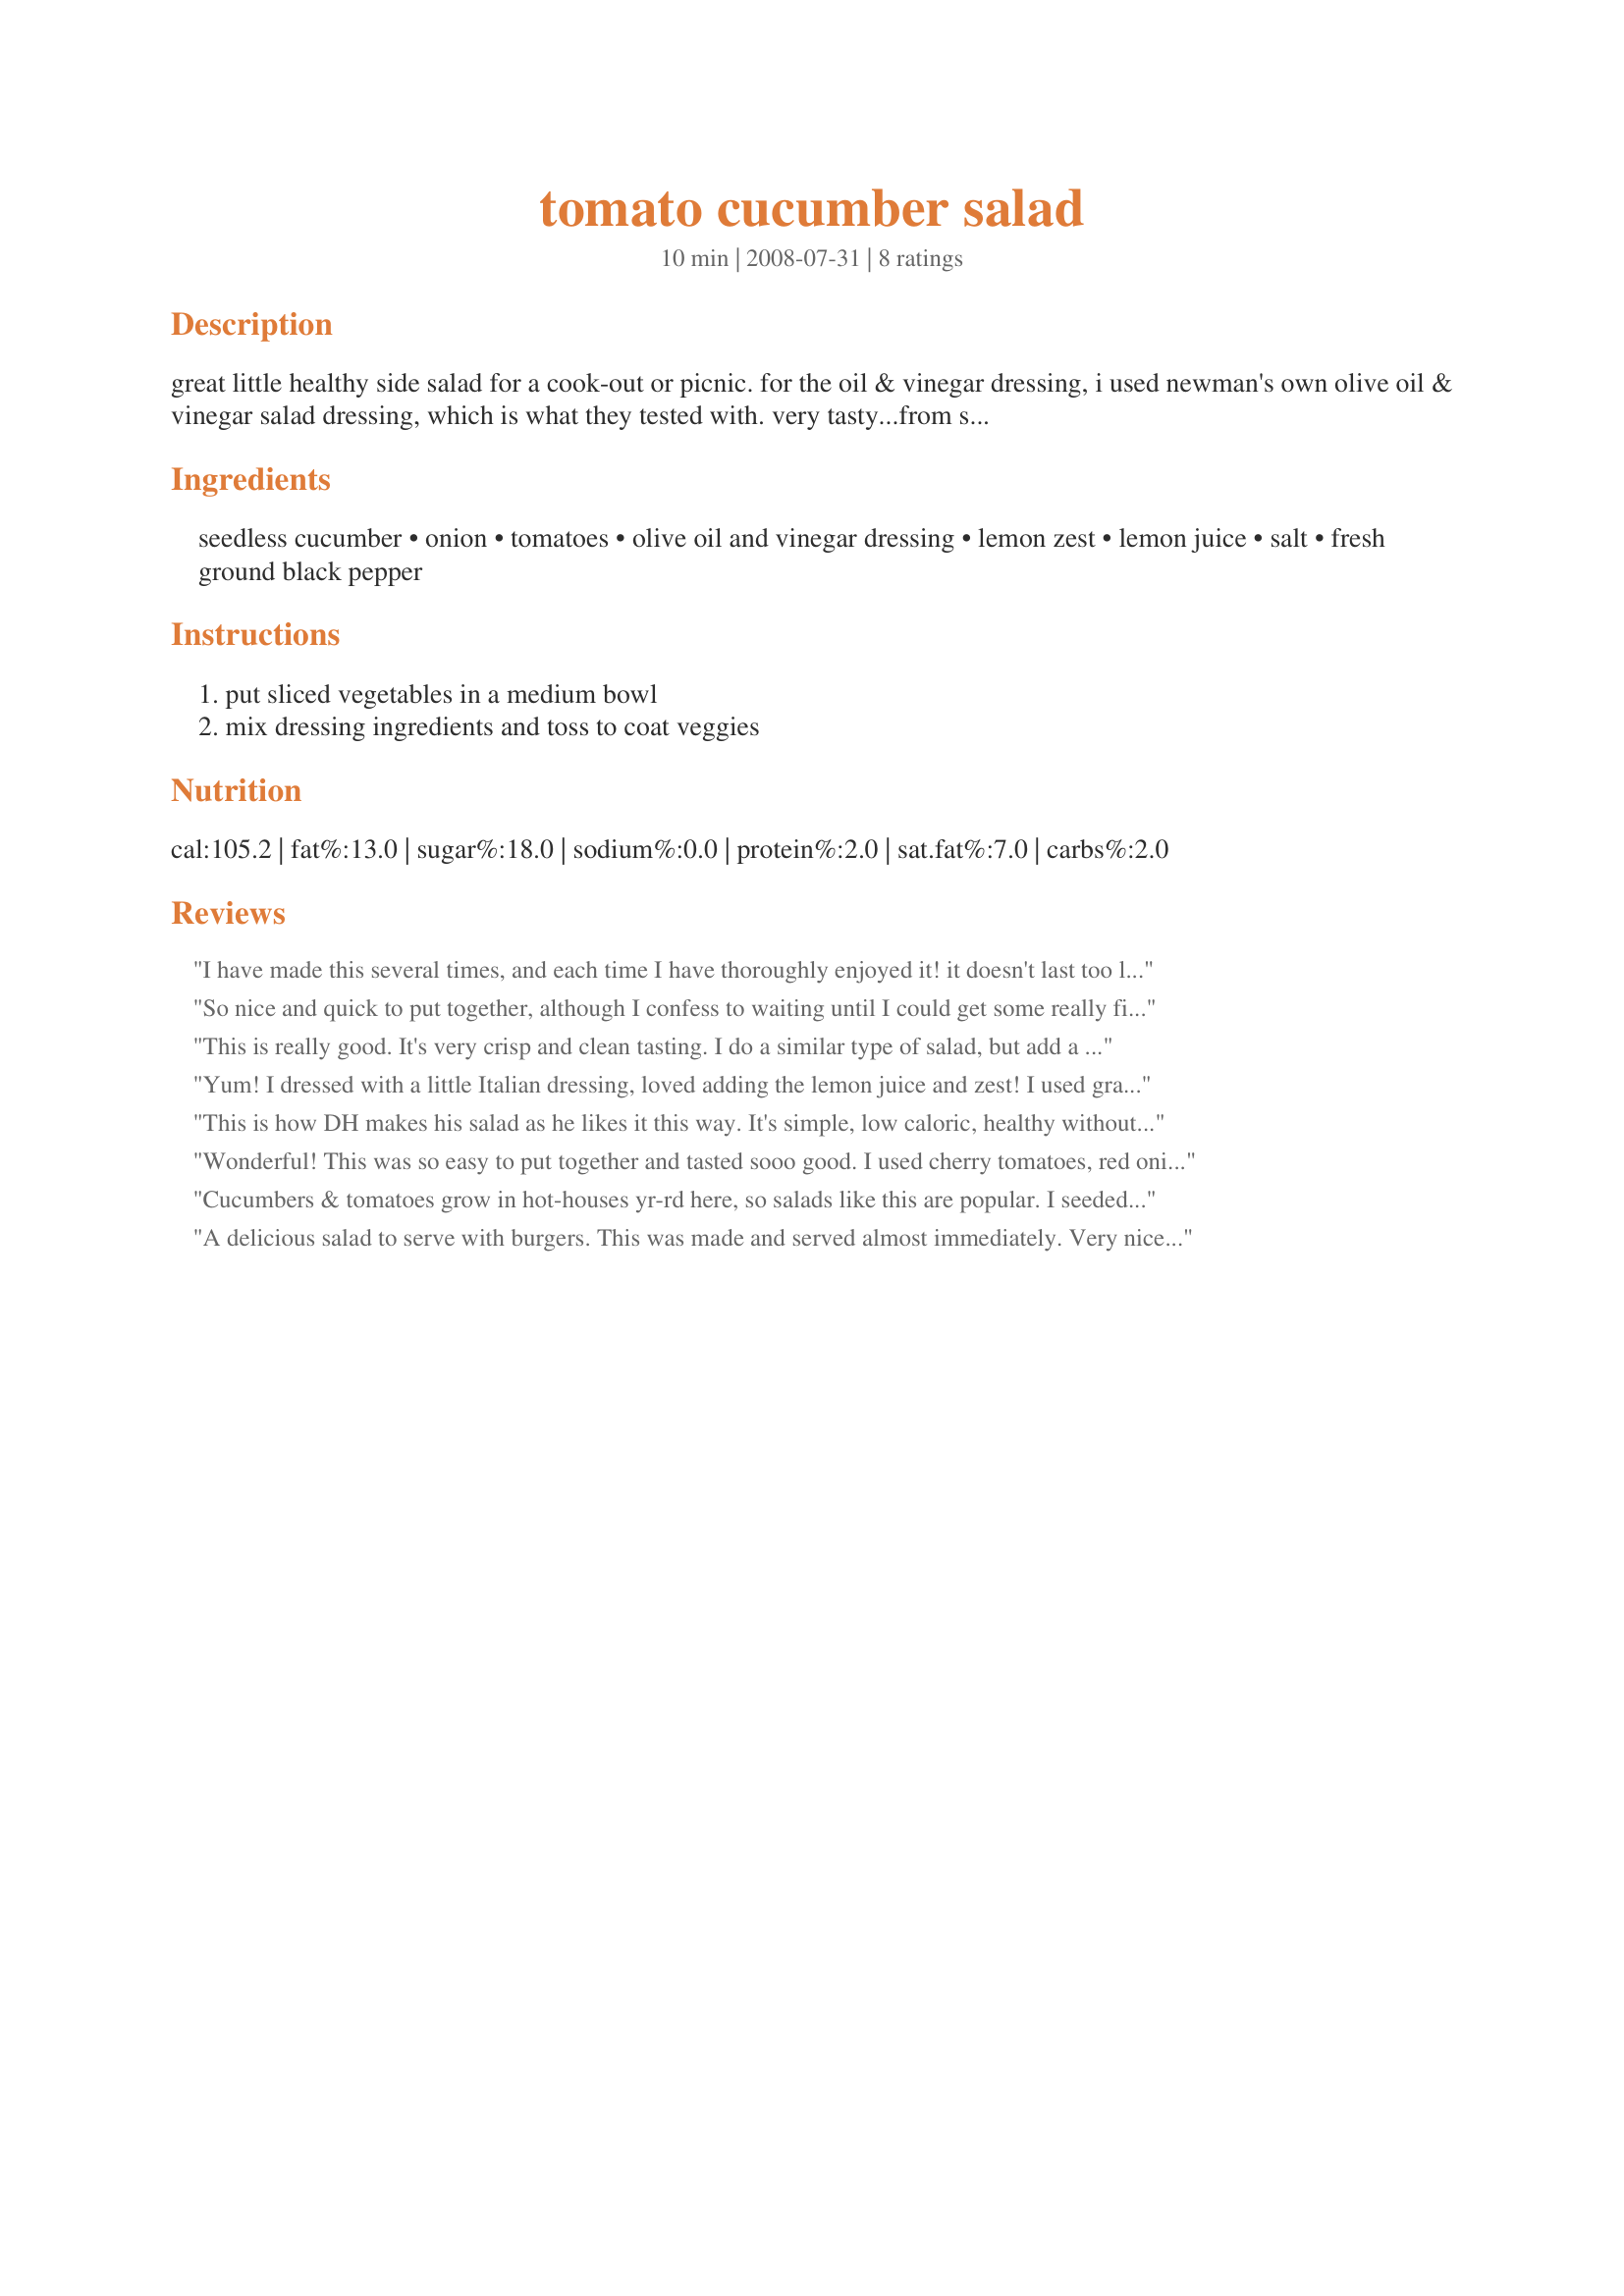
tomato cucumber salad
Preparation time: 10 minutes

great little healthy side salad for a cook-out or picnic. for the oil & vinegar dressing, i used newman's own olive oil & vinegar salad dressing, which is what they tested with. very tasty...from southern living magazine, june 2008. prep time is cook time.

Ingredients:
seedless cucumber, onion, tomatoes, olive oil and vinegar dressing, lemon zest, lemon juice, salt, fresh ground black pepper

Steps:
put sliced vegetables in a medium bowl, mix dressing ingredients and toss to coat veggies

Reviews:
I have made this several times, and each time I have thoroughly enjoyed it! it doesn't last too long in the house, but I do have to say that everyone appreciates it.
So nice and quick to put together, although I confess to waiting until I could get some really fine tomatoes to make this outstanding, and it was! I love salads like this, and believe this could be my whole meal, right here!! I recommend using some Vidalia Sweet Onions, and I used my homemade Recipe #284322, to dress over the salad. I let sit during the afternoon hours, and served well chilled, talk about smakin' your lips! With delight! A 100% glorious salad, will make again, and often! Made for *Farm Cooking Event* Photo Forum May 2010
This is really good. It's very crisp and clean tasting. I do a similar type of salad, but add a little sugar....I think my mom added a little sugar to everything! I used grape tomatoes, since it isn't prime tomato season right now. I mixed my own oil & vinegar. Made for Potluck Tag! Thanks for posting.
Yum! I dressed with a little Italian dressing, loved adding the lemon juice and zest! I used grape tomatoes. Thanks!
This is how DH makes his salad as he likes it this way. It's simple, low caloric, healthy without sacrificing the taste. The tomatoes and cucumbers make it juicy making it real good. Thanks! Made for PAC Fall 2008.
Wonderful! This was so easy to put together and tasted sooo good. I used cherry tomatoes, red onion, minced garlic and my own oil and vinegar dressing. I let it chill for 4 hours before eating it. It was perfect!! Thanks for sharing. Made for Football Pool 2010. Congrats, FloridaNative!!!
Cucumbers & tomatoes grow in hot-houses yr-rd here, so salads like this are popular. I seeded my tomato, added a bit of sugar to take the edge off the vinegar + satisfy a pers pref of my DH & used my own oil/vinegar dressing. We enjoyed this as the veggie part of a meal w/Bayonne ham & baked potatoes. Thx for sharing this recipe w/us. :-)
A delicious salad to serve with burgers. This was made and served almost immediately. Very nice flavors. I do think that the fresh lemon juice really adds a spark to the salad. Made for April 2010 Diabetic Forum *Spring your way into Veggies and Fruits Tag Game*
